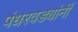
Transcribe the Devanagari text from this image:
पंधरवड्यांनीं